342_HS1-416511228_319.1 Flying Discs 1949
Agency: Department of War
Incident date: 1/9/50
Page 3
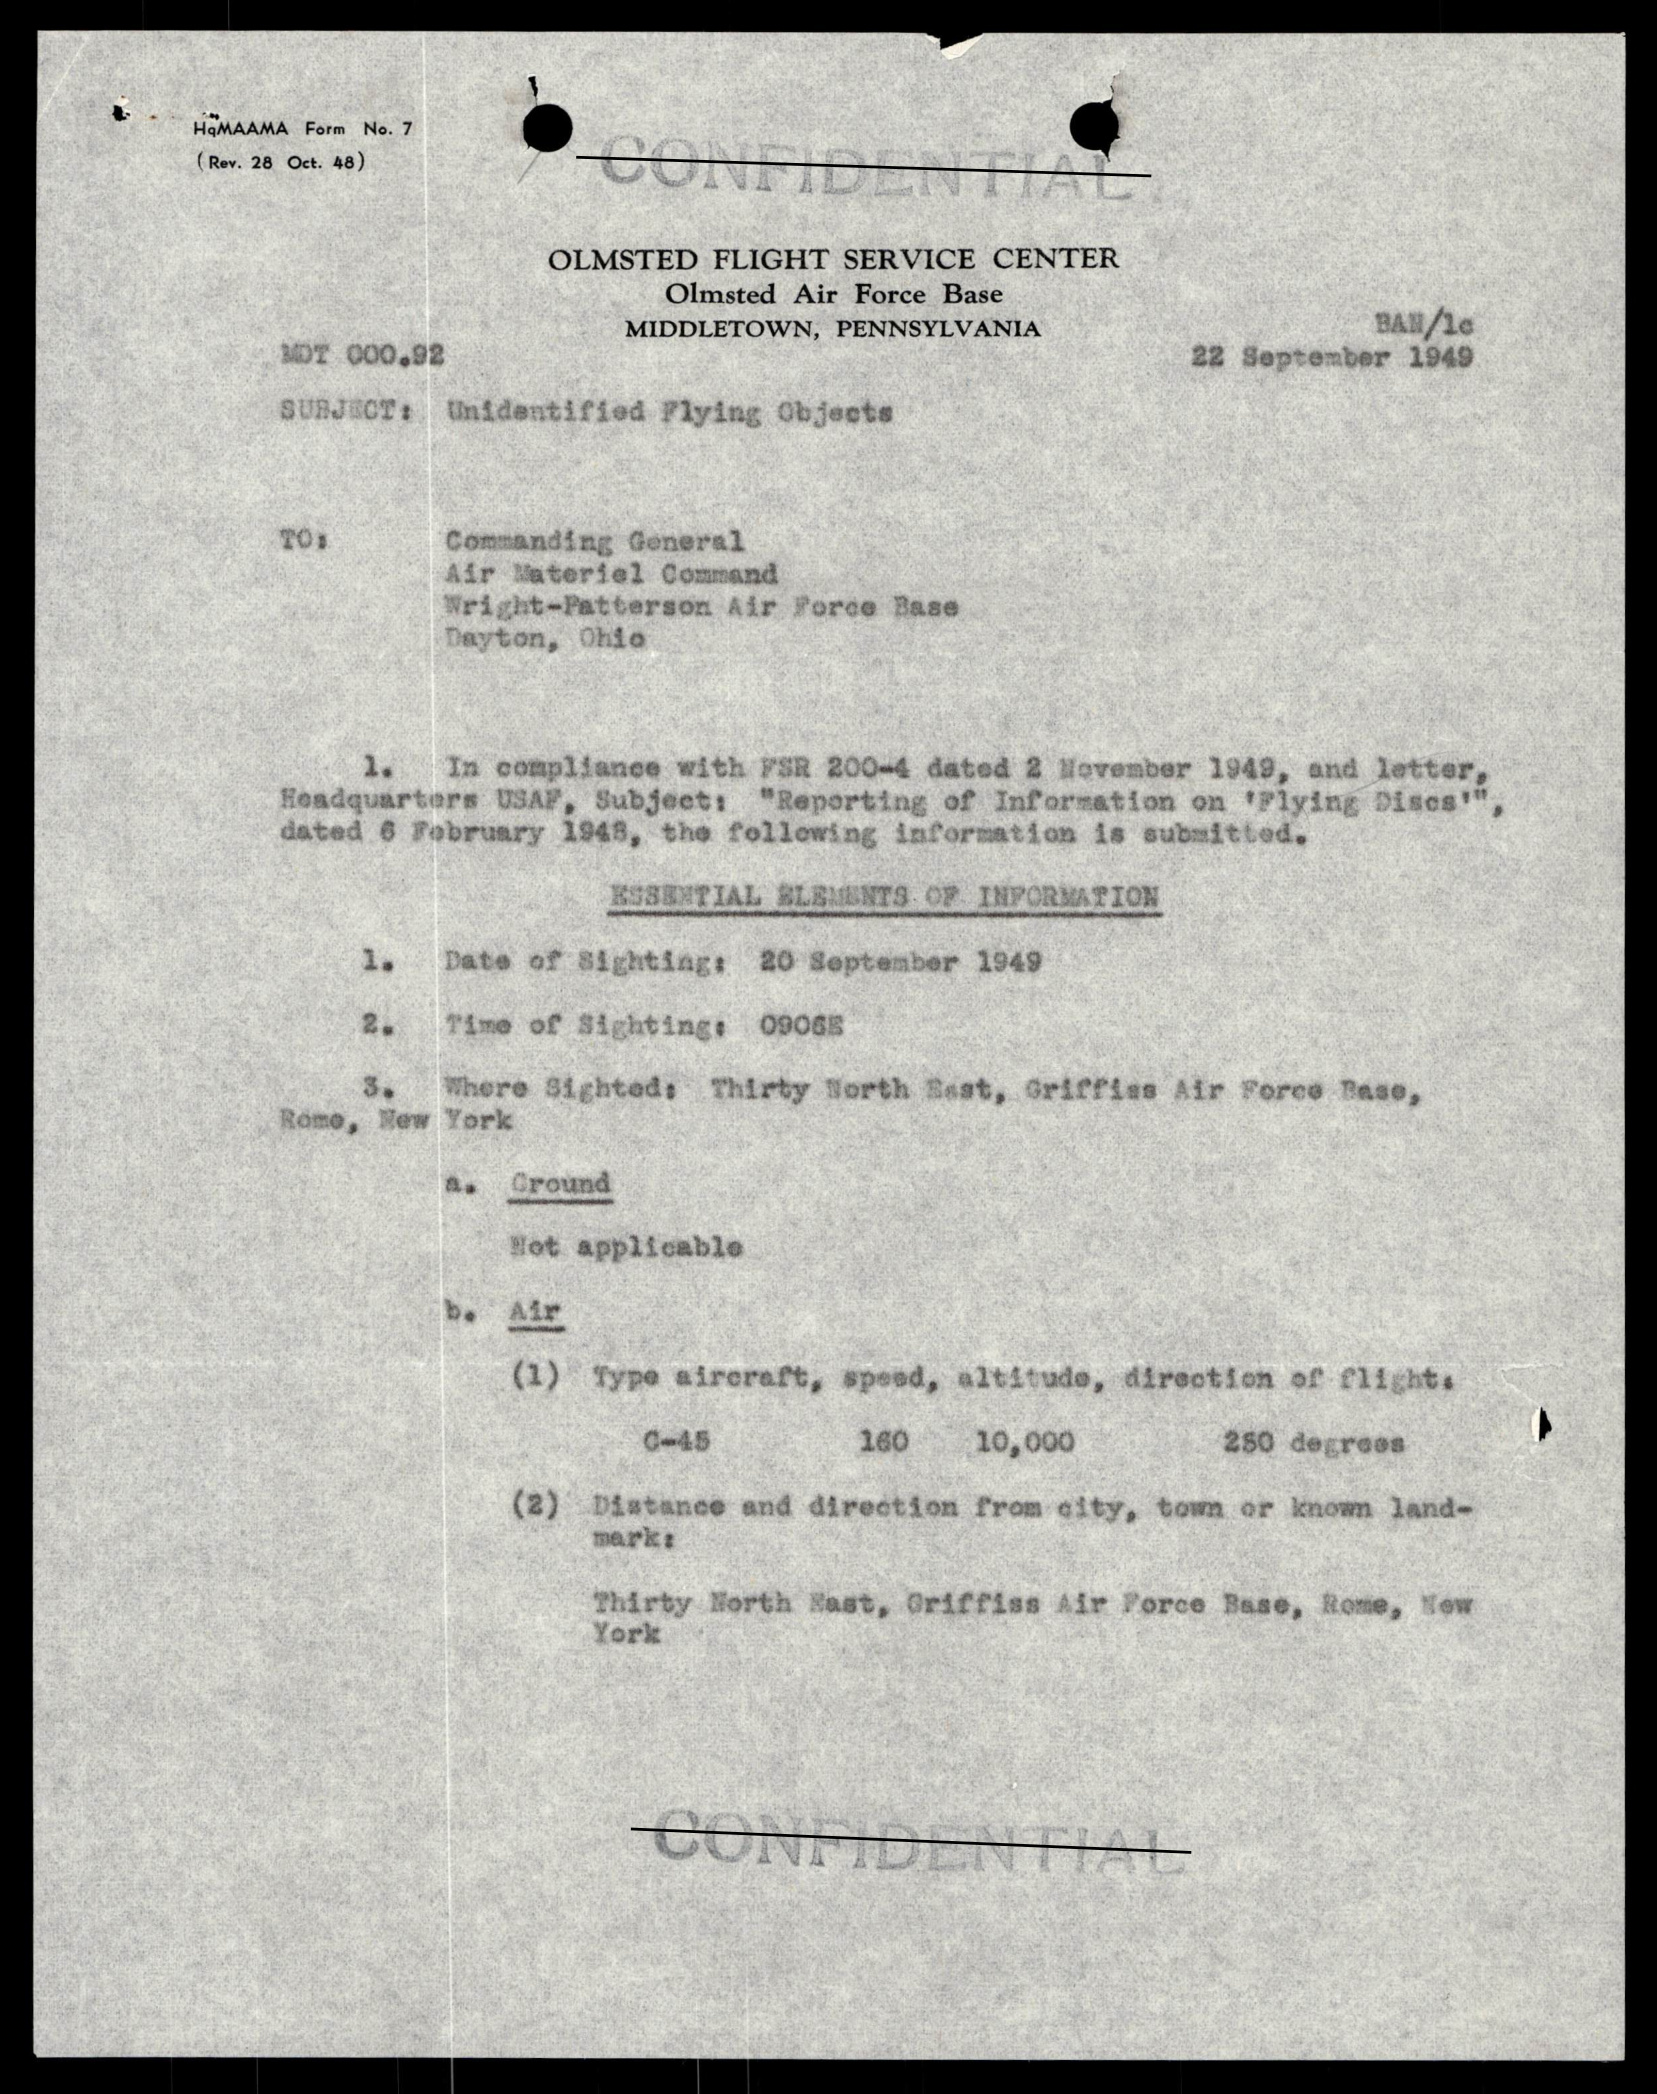